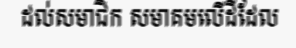
ដល់សមាជិក សមាគមលើដីដែល